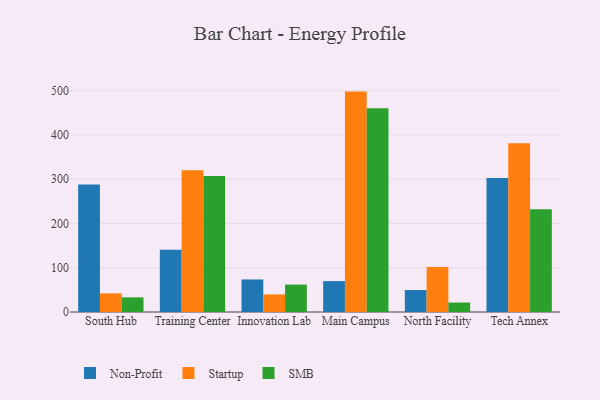
{"axis": {"x": "Campus", "y": "Bounce Rate (%)"}, "legend": ["Non-Profit", "SMB", "Startup"], "data": [{"x": "South Hub", "y": 288.0, "type": "Non-Profit"}, {"x": "South Hub", "y": 42.1, "type": "Startup"}, {"x": "South Hub", "y": 33.1, "type": "SMB"}, {"x": "Training Center", "y": 140.4, "type": "Non-Profit"}, {"x": "Training Center", "y": 320.4, "type": "Startup"}, {"x": "Training Center", "y": 306.9, "type": "SMB"}, {"x": "Innovation Lab", "y": 73.5, "type": "Non-Profit"}, {"x": "Innovation Lab", "y": 39.7, "type": "Startup"}, {"x": "Innovation Lab", "y": 61.9, "type": "SMB"}, {"x": "Main Campus", "y": 69.8, "type": "Non-Profit"}, {"x": "Main Campus", "y": 497.8, "type": "Startup"}, {"x": "Main Campus", "y": 460.2, "type": "SMB"}, {"x": "North Facility", "y": 49.6, "type": "Non-Profit"}, {"x": "North Facility", "y": 101.8, "type": "Startup"}, {"x": "North Facility", "y": 21.4, "type": "SMB"}, {"x": "Tech Annex", "y": 302.9, "type": "Non-Profit"}, {"x": "Tech Annex", "y": 381.4, "type": "Startup"}, {"x": "Tech Annex", "y": 232.0, "type": "SMB"}]}